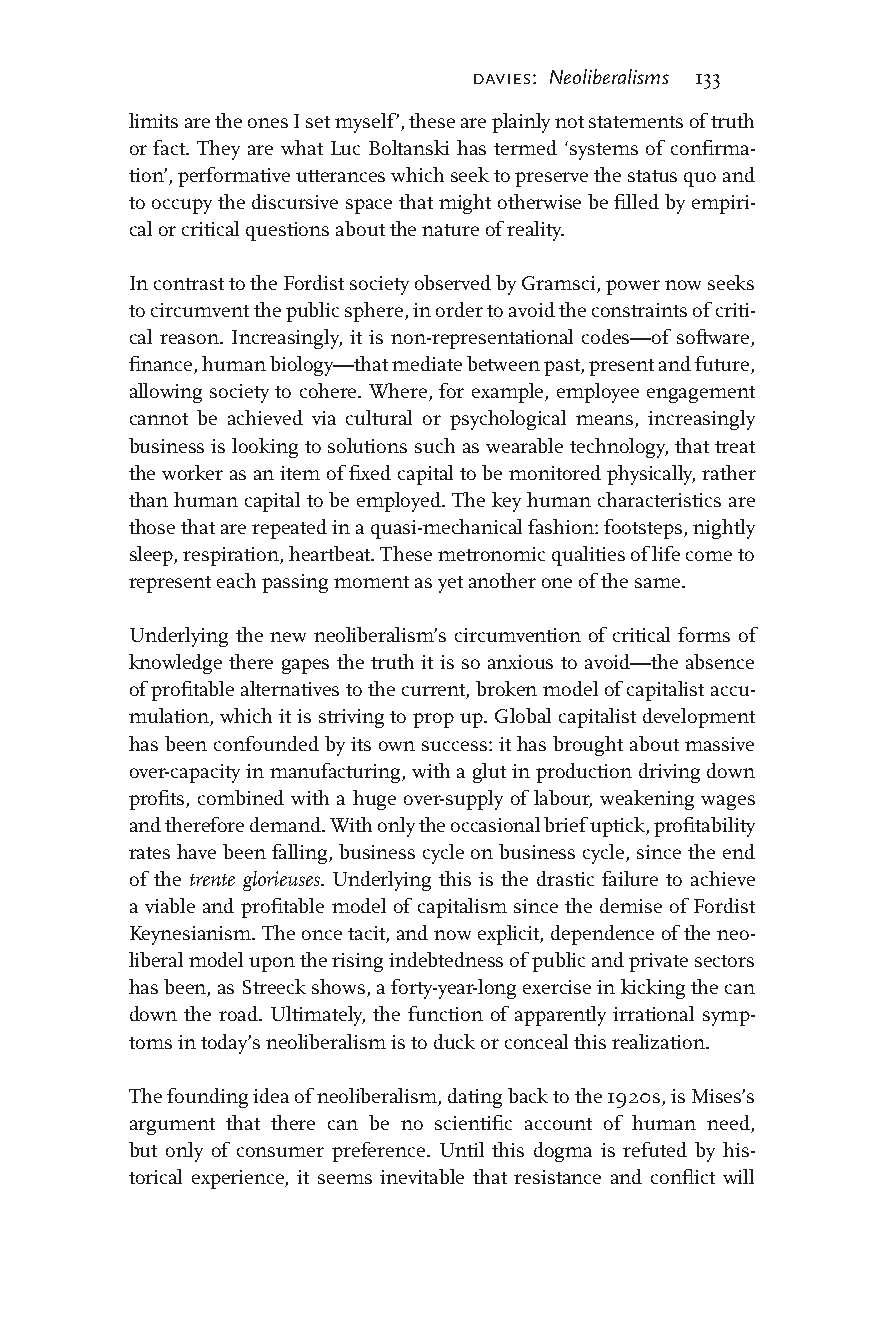
davies: Neoliberalisms 133
 limits are the ones I set myself’, these are plainly not statements of truth
 or fact. They are what Luc Boltanski has termed ‘systems of confirma-
 tion’, performative utterances which seek to preserve the status quo and
 to occupy the discursive space that might otherwise be filled by empiri-
 cal or critical questions about the nature of reality.
 In contrast to the Fordist society observed by Gramsci, power now seeks
 to circumvent the public sphere, in order to avoid the constraints of criti-
 cal reason. Increasingly, it is non-representational codes—of software,
 finance, human biology—that mediate between past, present and future,
 allowing society to cohere. Where, for example, employee engagement
 cannot be achieved via cultural or psychological means, increasingly
 business is looking to solutions such as wearable technology, that treat
 the worker as an item of fixed capital to be monitored physically, rather
 than human capital to be employed. The key human characteristics are
 those that are repeated in a quasi-mechanical fashion: footsteps, nightly
 sleep, respiration, heartbeat. These metronomic qualities of life come to
 represent each passing moment as yet another one of the same.
 Underlying the new neoliberalism’s circumvention of critical forms of
 knowledge there gapes the truth it is so anxious to avoid—the absence
 of profitable alternatives to the current, broken model of capitalist accu-
 mulation, which it is striving to prop up. Global capitalist development
 has been confounded by its own success: it has brought about massive
 over-capacity in manufacturing, with a glut in production driving down
 profits, combined with a huge over-supply of labour, weakening wages
 and therefore demand. With only the occasional brief uptick, profitability
 rates have been falling, business cycle on business cycle, since the end
 of the trente glorieuses. Underlying this is the drastic failure to achieve
 a viable and profitable model of capitalism since the demise of Fordist
 Keynesianism. The once tacit, and now explicit, dependence of the neo-
 liberal model upon the rising indebtedness of public and private sectors
 has been, as Streeck shows, a forty-year-long exercise in kicking the can
 down the road. Ultimately, the function of apparently irrational symp-
 toms in today’s neoliberalism is to duck or conceal this realization.
 The founding idea of neoliberalism, dating back to the 1920s, is Mises’s
 argument that there can be no scientific account of human need,
 but only of consumer preference. Until this dogma is refuted by his-
 torical experience, it seems inevitable that resistance and conflict will